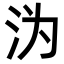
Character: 沩